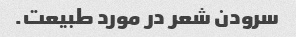
سرودن شعر در مورد طبیعت.